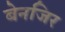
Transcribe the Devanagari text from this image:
बेनजिर